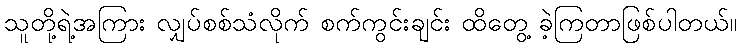
သူတို့ရဲ့အကြား လျှပ်စစ်သံလိုက် စက်ကွင်းချင်း ထိတွေ့ ခဲ့ကြတာဖြစ်ပါတယ်။